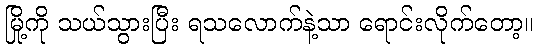
မြို့ကို သယ်သွားပြီး ရသလောက်နဲ့သာ ရောင်းလိုက်တော့။